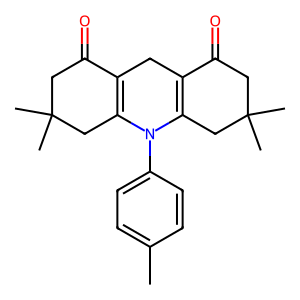
SMILES: Cc1ccc(N2C3=C(CC4=C2CC(C)(C)CC4=O)C(=O)CC(C)(C)C3)cc1
Inhibits HIV replication: No